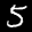
Label: 5